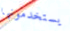
يستخدمونها